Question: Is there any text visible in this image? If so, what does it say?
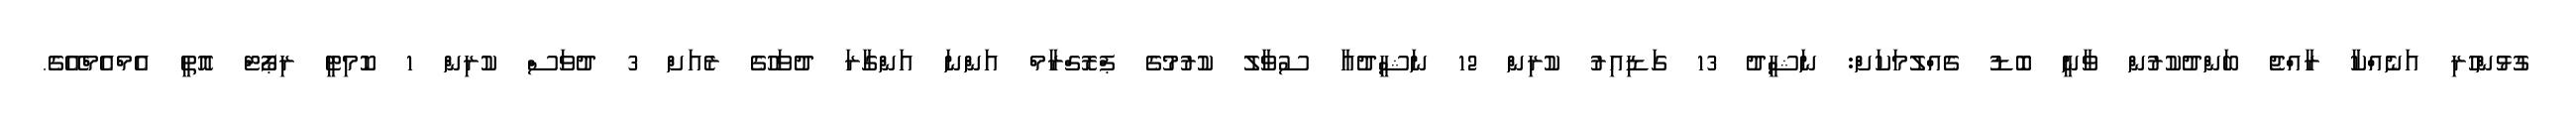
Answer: ގުޅުންހުރި އަނެއްކާ ރާއްޖެ ބަންދުކުރުން ވާނީ ބޮޑު ގެއްލުމަކަށް: ނަޝީދު 13 ގަޑިއިރު ކުރިން 12 ނަޝީދުއާ ސުވާލު ކުރުމުގެ ޕްރޮގްރާމް އަންނަ އަންގާރަ ދުވަހުގެ ރެއަށް 3 ދުވަސް ކުރިން 1 ކޮމިޓީ ރިޕޯޓް އޮތީ އެމްއެމްއޭގެ.